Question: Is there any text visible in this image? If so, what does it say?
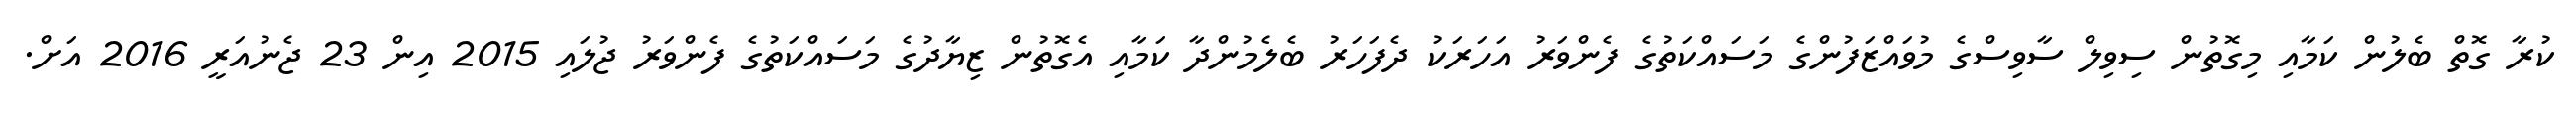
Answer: ކުރާ ގޮތް ބެލުން ކަމާއި މިގޮތުން ސިވިލް ސާވިސްގެ މުވައްޒަފުންގެ މަސައްކަތުގެ ފެންވަރު އަހަރަކު ދެފަހަރު ބެލެމުންދާ ކަމާއި އެގޮތުން ޒިޔާދުގެ މަސައްކަތުގެ ފެންވަރު ޖުލައި 2015 އިން 23 ޖެނުއަރީ 2016 އަށް.